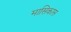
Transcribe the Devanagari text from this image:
मासिकास